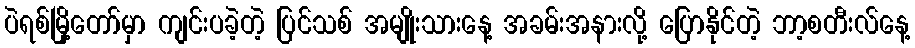
ပဲရစ်မြို့တော်မှာ ကျင်းပခဲ့တဲ့ ပြင်သစ် အမျိုးသားနေ့ အခမ်းအနားလို့ ပြောနိုင်တဲ့ ဘာ့စတီးလ်နေ့